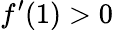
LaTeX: f^{\prime}(1)>0